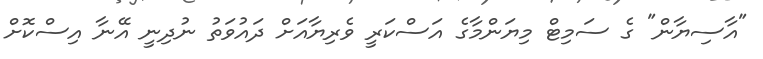
"އާސިޔާން" ގެ ސަމިޓް މިޔަންމާގެ އަސްކަރީ ވެރިޔާއަށް ދައުވަތު ނުދިނީ އޭނާ އިސްކޮށް